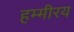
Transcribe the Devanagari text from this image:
हम्मीरय